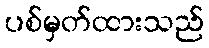
ပစ်မှတ်ထားသည်